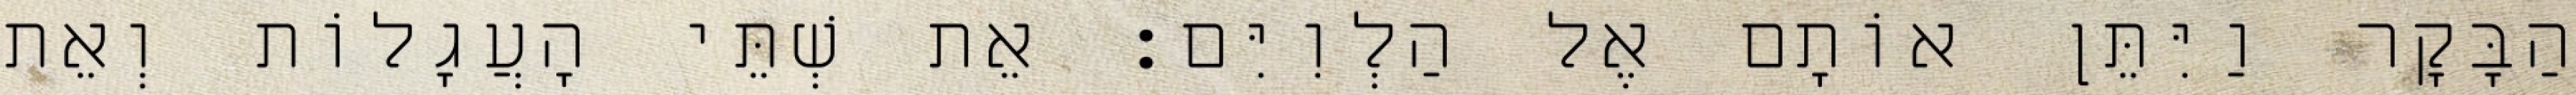
הַבָּקָר וַיִּתֵּן אוֹתָם אֶל הַלְוִיִּם׃ אֵת שְׁתֵּי הָעֲגָלוֹת וְאֵת